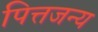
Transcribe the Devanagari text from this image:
पित्तजन्य